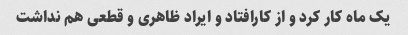
یک ماه کار کرد و از کارافتاد و ایراد ظاهری و قطعی هم نداشت